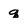
Character: q